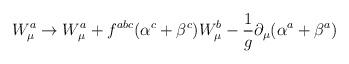
LaTeX: \begin{align*}W_{\mu}^a \to W_{\mu}^a + f^{abc} (\alpha^c + \beta^c)W_{\mu}^b - \frac{1}{g} \partial_{\mu}(\alpha^a + \beta^a)\end{align*}